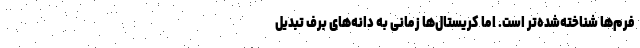
فرم‌ها شناخته‌شده‌تر است. اما کریستال‌ها زمانی به دانه‌های برف تبدیل